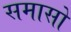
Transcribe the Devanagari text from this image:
समासो